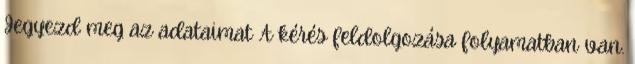
Jegyezd meg az adataimat A kérés feldolgozása folyamatban van.